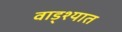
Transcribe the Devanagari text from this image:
वाड्श्यात